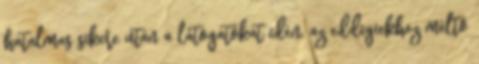
hatalmas sikere után a látogatókat idén, az eddigiekhez méltó